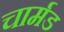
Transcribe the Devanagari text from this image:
चार्मड